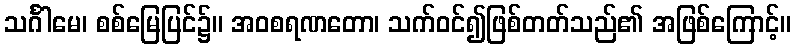
သင်္ဂါမေ၊ စစ်မြေပြင်၌။ အဝစရဏတော၊ သက်ဝင်၍ဖြစ်တတ်သည်၏ အဖြစ်ကြောင့်။